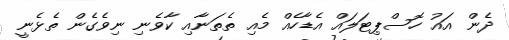
ދެން އައު ހޮސްޕިޓަލައް އެޑާހެއް މެއި ތެތަނާއި ކާވެނި ނިވެގެން ތެޅެނީ